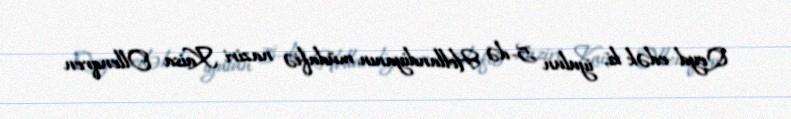
Qeyd edək ki, iyulun 5-də Hollandiyanın müdafiə naziri Kaisa Ollenqren